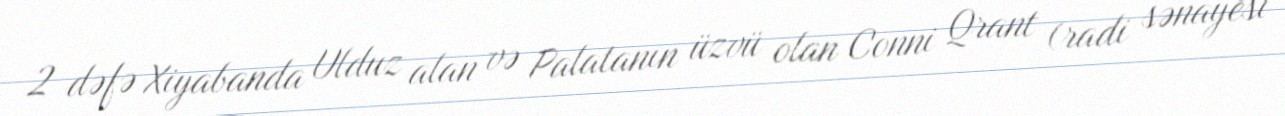
2 dəfə Xiyabanda Ulduz alan və Palatanın üzvü olan Conni Qrant (radi sənayesi